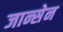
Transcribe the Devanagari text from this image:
जान्सेन